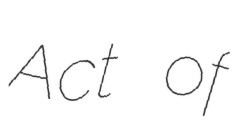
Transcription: Act of